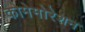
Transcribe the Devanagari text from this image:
कोमेमोरेशन